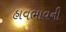
હાવભાવની